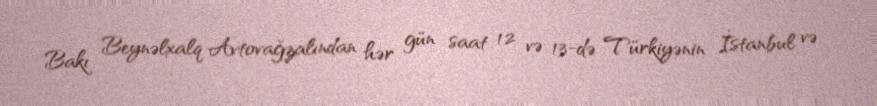
Bakı Beynəlxalq Avtovağzalından hər gün saat 12 və 13-də Türkiyənin İstanbul və